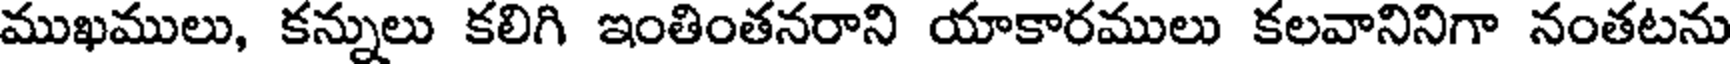
ముఖములు, కన్నులు కలిగి ఇంతింతనరాని యాకారములు కలవానినిగా నంతటను